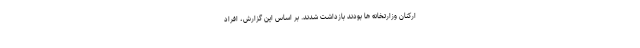
ارکنان وزارتخانه ها بودند بازداشت شدند. بر اساس این گزارش، افراد